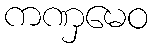
ကဏှမေဝ